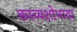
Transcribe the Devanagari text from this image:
काव्यशोभाया